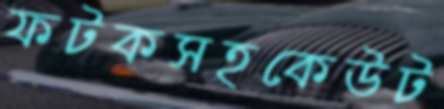
ফটকসহকেউট